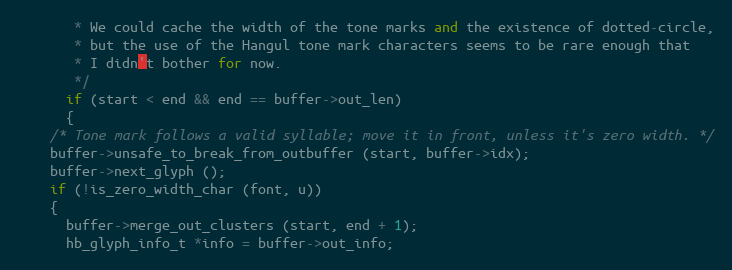
Language: C++
       * We could cache the width of the tone marks and the existence of dotted-circle,
       * but the use of the Hangul tone mark characters seems to be rare enough that
       * I didn't bother for now.
       */
      if (start < end && end == buffer->out_len)
      {
	/* Tone mark follows a valid syllable; move it in front, unless it's zero width. */
	buffer->unsafe_to_break_from_outbuffer (start, buffer->idx);
	buffer->next_glyph ();
	if (!is_zero_width_char (font, u))
	{
	  buffer->merge_out_clusters (start, end + 1);
	  hb_glyph_info_t *info = buffer->out_info;